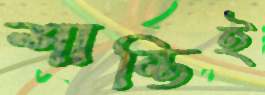
শান্তিই